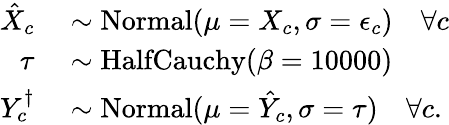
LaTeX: \begin{array}{rl}{\hat{X}_{c}}&{{}\sim\mathrm{Normal}(\mu=X_{c},\sigma=\epsilon_{c})\quad\forall c}\\ {\tau}&{{}\sim\mathrm{HalfCauchy}(\beta=10000)}\\ {Y_{c}^{\dagger}}&{{}\sim\mathrm{Normal}(\mu=\hat{Y}_{c},\sigma=\tau)\quad\forall c.}\end{array}